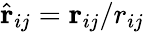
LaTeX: \hat{\textbf{r}}_{ij}=\textbf{r}_{ij}/r_{ij}